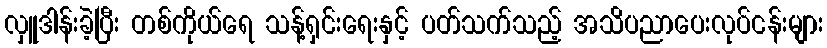
လှူဒါန်းခဲ့ပြီး တစ်ကိုယ်ရေ သန့်ရှင်းရေးနှင့် ပတ်သက်သည့် အသိပညာပေးလုပ်ငန်းများ